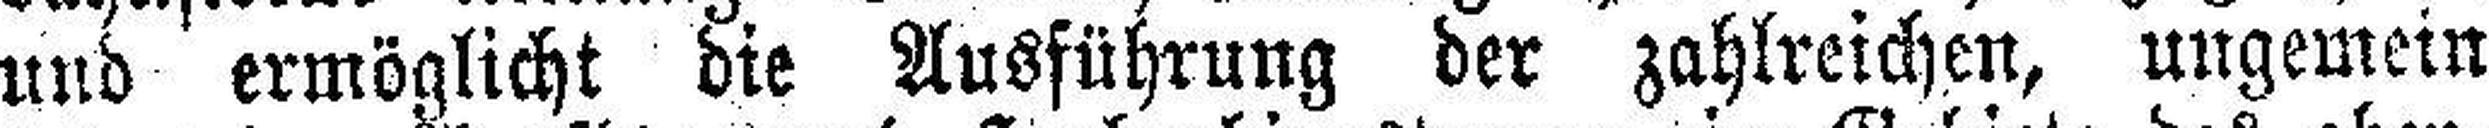
und ermöglicht die Ausführung der zahlreichen, ungemein